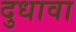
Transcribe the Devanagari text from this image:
दुधावा